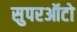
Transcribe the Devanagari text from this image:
सुपरऑटो